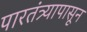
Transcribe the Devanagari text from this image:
पारतंत्र्यापासून